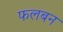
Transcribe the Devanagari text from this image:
फलबन